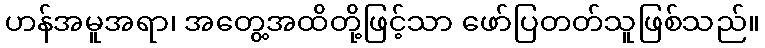
ဟန်အမူအရာ၊ အတွေ့အထိတို့ဖြင့်သာ ဖော်ပြတတ်သူဖြစ်သည်။